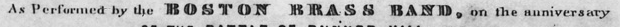
As Performed by the BOSTON BRASS BAND, on the anniversary